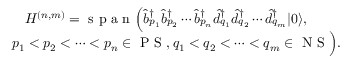
\begin{array} { r } { { \cal H } ^ { ( n , m ) } = \mathrm { ~ s ~ p ~ a ~ n ~ } \Bigl ( \hat { b } _ { p _ { 1 } } ^ { \dagger } \hat { b } _ { p _ { 2 } } ^ { \dagger } \cdots \hat { b } _ { p _ { n } } ^ { \dagger } \hat { d } _ { q _ { 1 } } ^ { \dagger } \hat { d } _ { q _ { 2 } } ^ { \dagger } \cdots \hat { d } _ { q _ { m } } ^ { \dagger } \ensuremath { \vert 0 \rangle } , \phantom { x x x x } } \\ { p _ { 1 } < p _ { 2 } < \cdots < p _ { n } \in \ensuremath { \mathrm { ~ P ~ S ~ } } , q _ { 1 } < q _ { 2 } < \cdots < q _ { m } \in \ensuremath { \mathrm { ~ N ~ S ~ } } \Bigl ) . } \end{array}